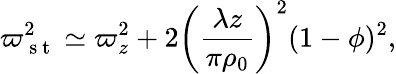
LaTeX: \varpi_{\mathrm{~s~t~}}^{2}\simeq\varpi_{z}^{2}+2\left(\frac{\lambda z}{\pi\rho_{0}}\right)^{2}(1-\phi)^{2},